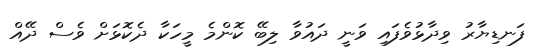
ފަނޑިޔާރު ވިދާޅުވެފައި ވަނީ ދައުވާ ލިބޭ ކޮންމެ މީހަކާ ދެކޮޅަށް ވެސް ދޭއް